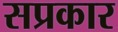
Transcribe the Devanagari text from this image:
सप्रकार